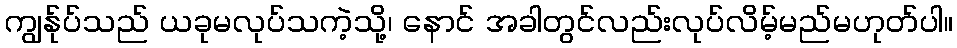
ကျွန်ုပ်သည် ယခုမလုပ်သကဲ့သို့၊ နောင် အခါတွင်လည်းလုပ်လိမ့်မည်မဟုတ်ပါ။